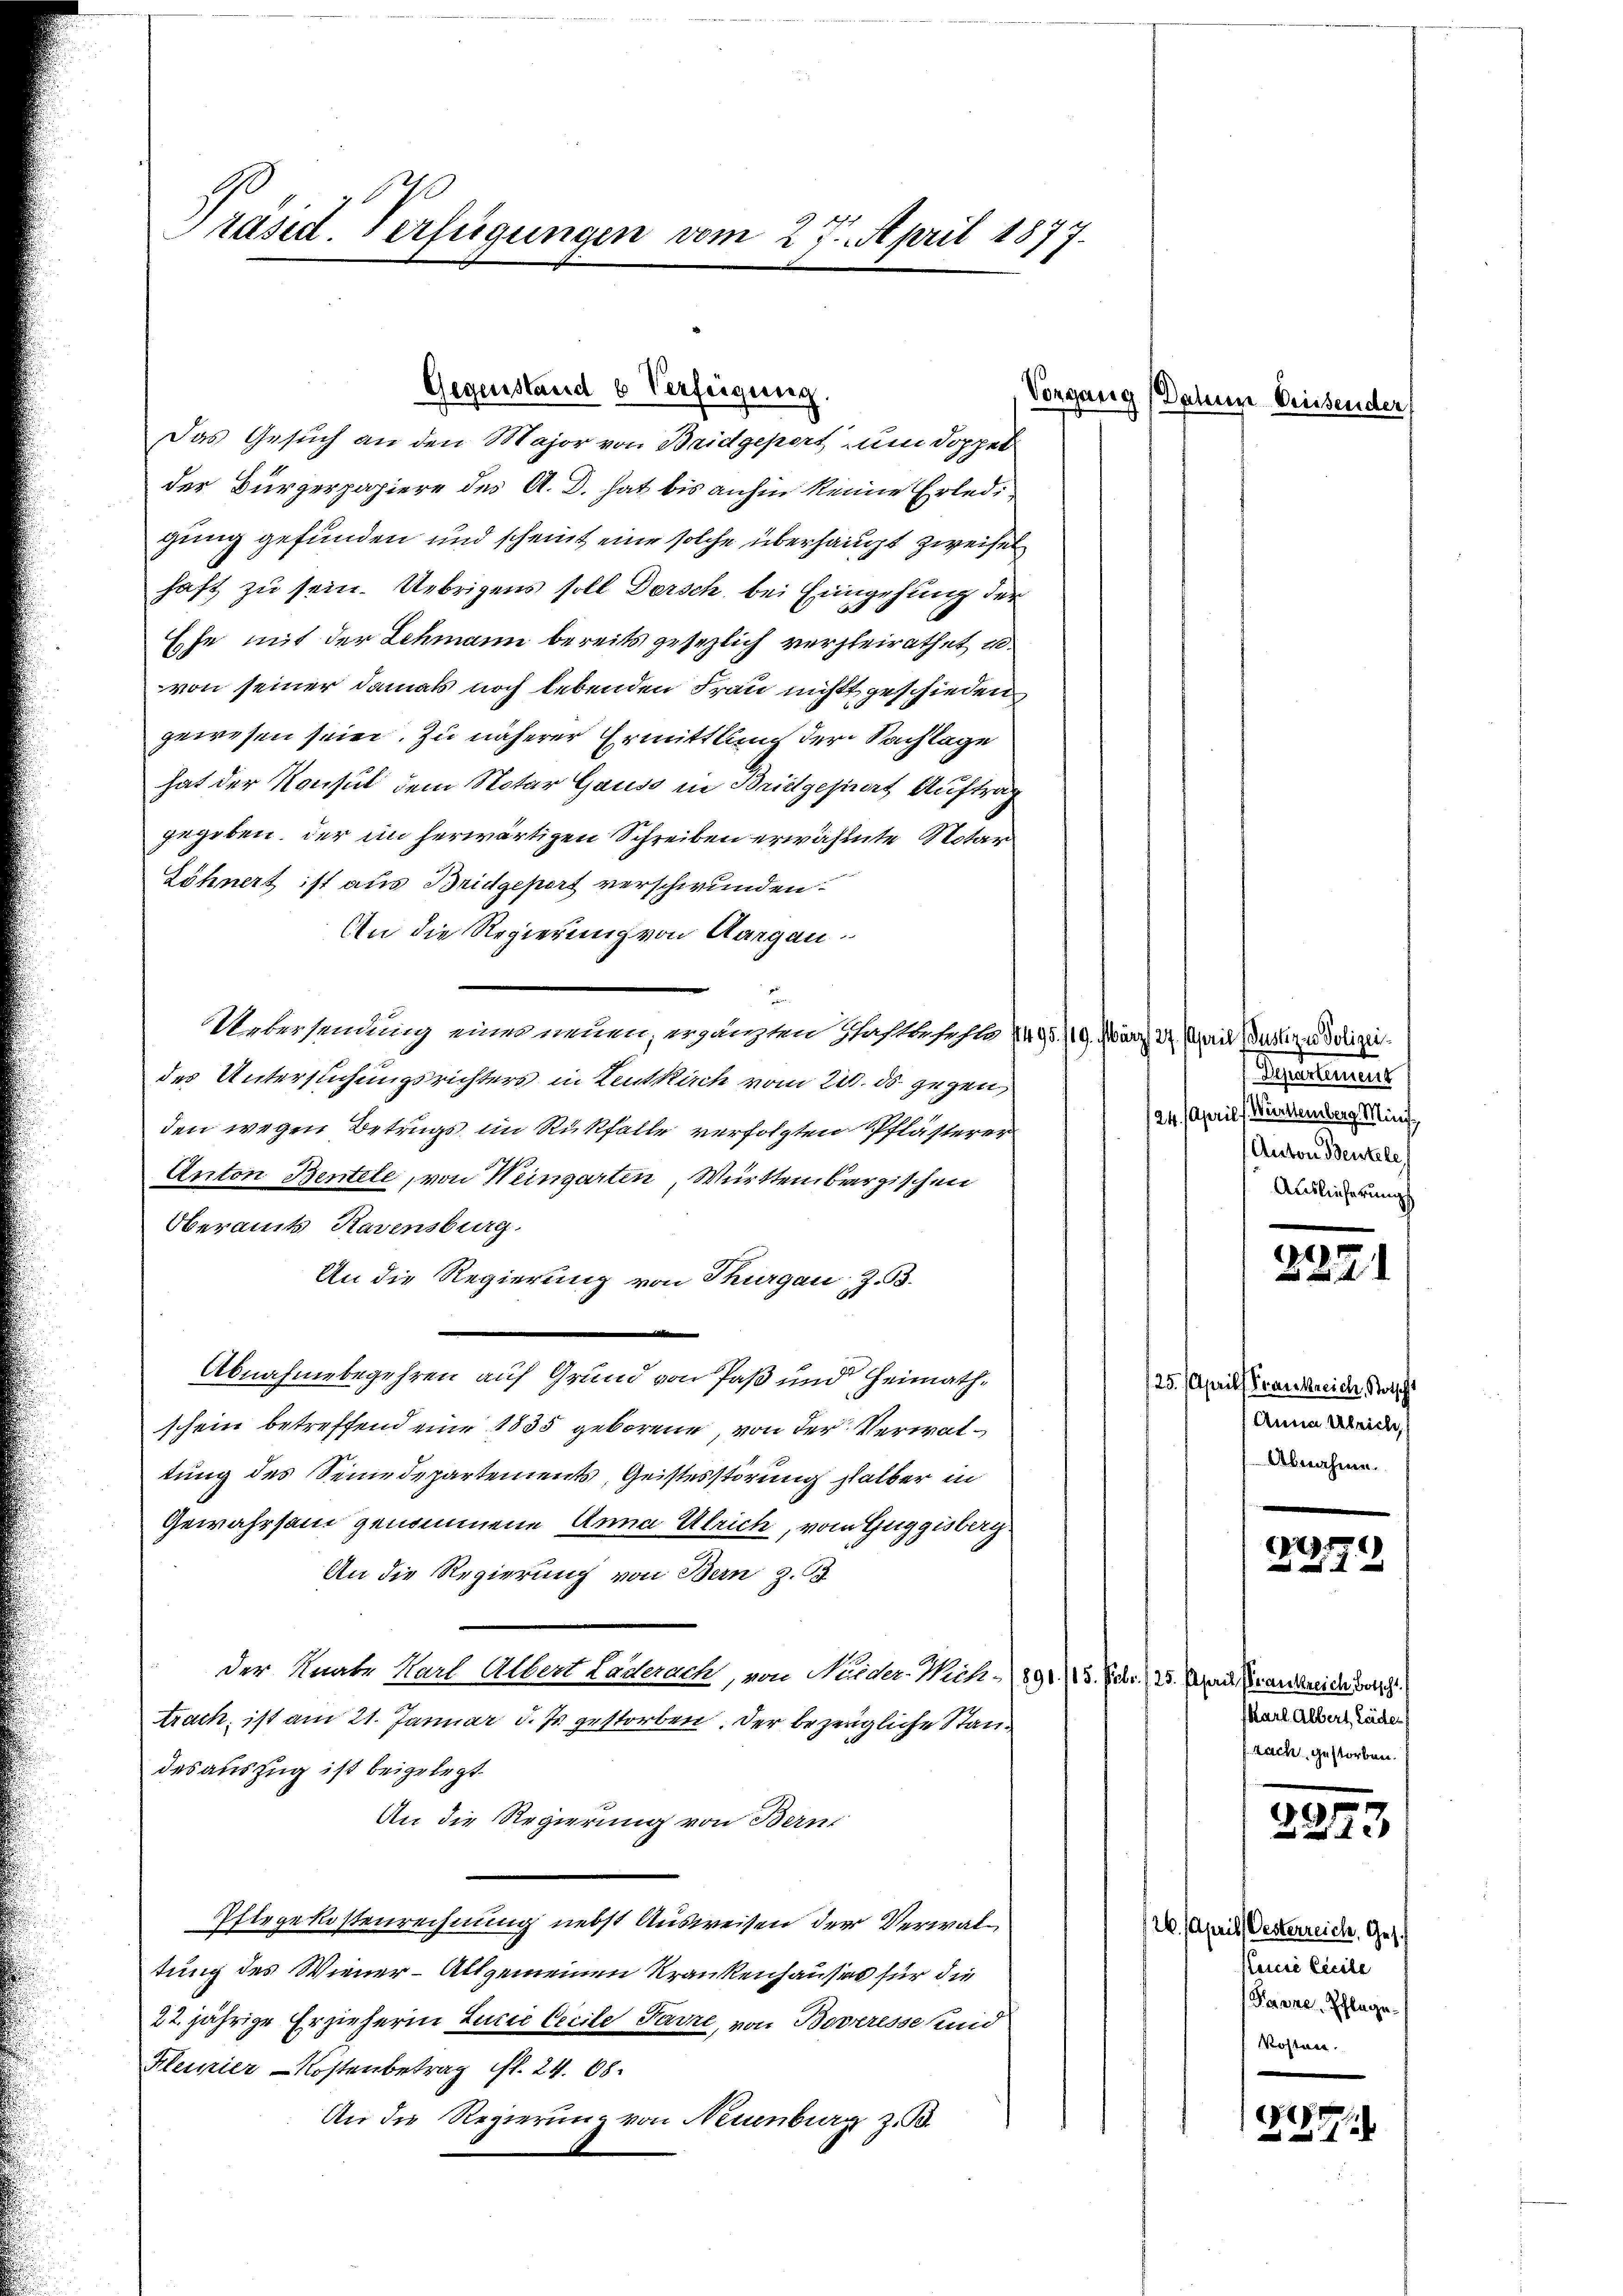
Präsid. Verfügungen vom 27. April 1877.

der Bürgerpapiere des A. D. hat bis anhin keine Erledigung gefunden und scheint eine solche überhaupt zweifel
haft zu sein. Uebrigens soll Dorsch bei Eingehung der
Ehe mit der Lehmann bereits gesezlich verheirathet u.
von seiner damals noch lebenden Frau nichtt geschieden
gewesen seien. Zu näherer Ermittlung der Nachlage
hat der Konsul dem Notar Gauss in Bridgepurort Auftrag
gegeben. Der im herwärtigen Schreiben erwähnte Notar
Zöhnert ist aus Bridgeport verschwunden.
An die Regierung von Aargau
.
Uebersendung eine neuen, ergängten Gastlosen 1495 /19. März 27. April (Justizen Polizeides Untersuchungsrichters in Leutkirch vom 21. ds. gegen,
den wegen Betrugs im Rückfalle verfolgten Pflästerer
Anton Bentele, von Weingarten, Württembergischen
Oberamts Ravensburg.
An die Regierung von Thurgau, z. B.
Abnahmebegehren auf Grund von Paß und Heimathschein betreffend eine 1835 geborene, von der Verwaltung des Seinedepartements, Geistesstörung halber in
Gewahrsam genommene Anna Ulrich, vom Guggisberg
An die Regierung von Bern z. B.
der Knabe Karl Albert Laderach, von Nuider-Wich-890./13. Febr. (25. April Frankreiche Vorsch
trach, ist am 21. Januar d. Js. gestorben. Der bezeugliche Standes auszug ist beigelegt
An die Regierung von Bern,
Pfirgekostenrechnung nebst Ausweisen der Verwaltung des Wiener-Allgemeinen Krankenhauses für die
22. jährige Erzieherin Lucia Cicile Favre, von Boveresse und
Klessier-Kostenbetrag fl. 24. 68.
An die Regierung von Neuenburg z. B.

Gegenstand 6 Verfeigung.
Das Gesuch an den Major von Bridgeport um doppel

Vorgang Datum diesender

Separtiertes
24. April, Württemberg Minis
Anton Beutele
Auslieferung

222

125. Aprill Frankreich, Kotsch
(Anna Absich,
Abnahme.

.

(Karl Albert Lädens
frach gestorben.

2223

/26. April Oesterreich, Ges.
Karcii Licite
Panne, Pflege.
Kosten.

e
xx